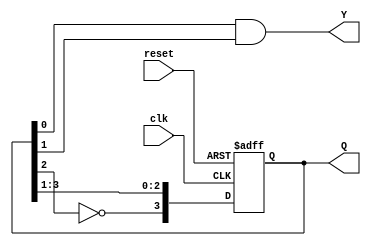
module johnson_counter (
    input wire clk,        // Clock input
    input wire reset,      // Asynchronous reset
    output reg [n-1:0] Q,  // State output (n-bit Johnson counter)
    output reg Y           // Output based on current state
);
    parameter n = 4;        // Number of flip-flops (change as required)

    // State transition logic
    always @(posedge clk or posedge reset) begin
        if (reset) begin
            Q <= {n{1'b0}}; // Initialize state to all zeros
        end else begin
            Q <= {~Q[n-2], Q[n-1:1]}; // Shift right and feedback inverted last bit
        end
    end

    // Output logic (can define Y as needed)
    always @(*) begin
        // Example output logic: Y = Q[0] & Q[1]
        Y = Q[0] & Q[1]; // Change as per design requirements
    end
endmodule